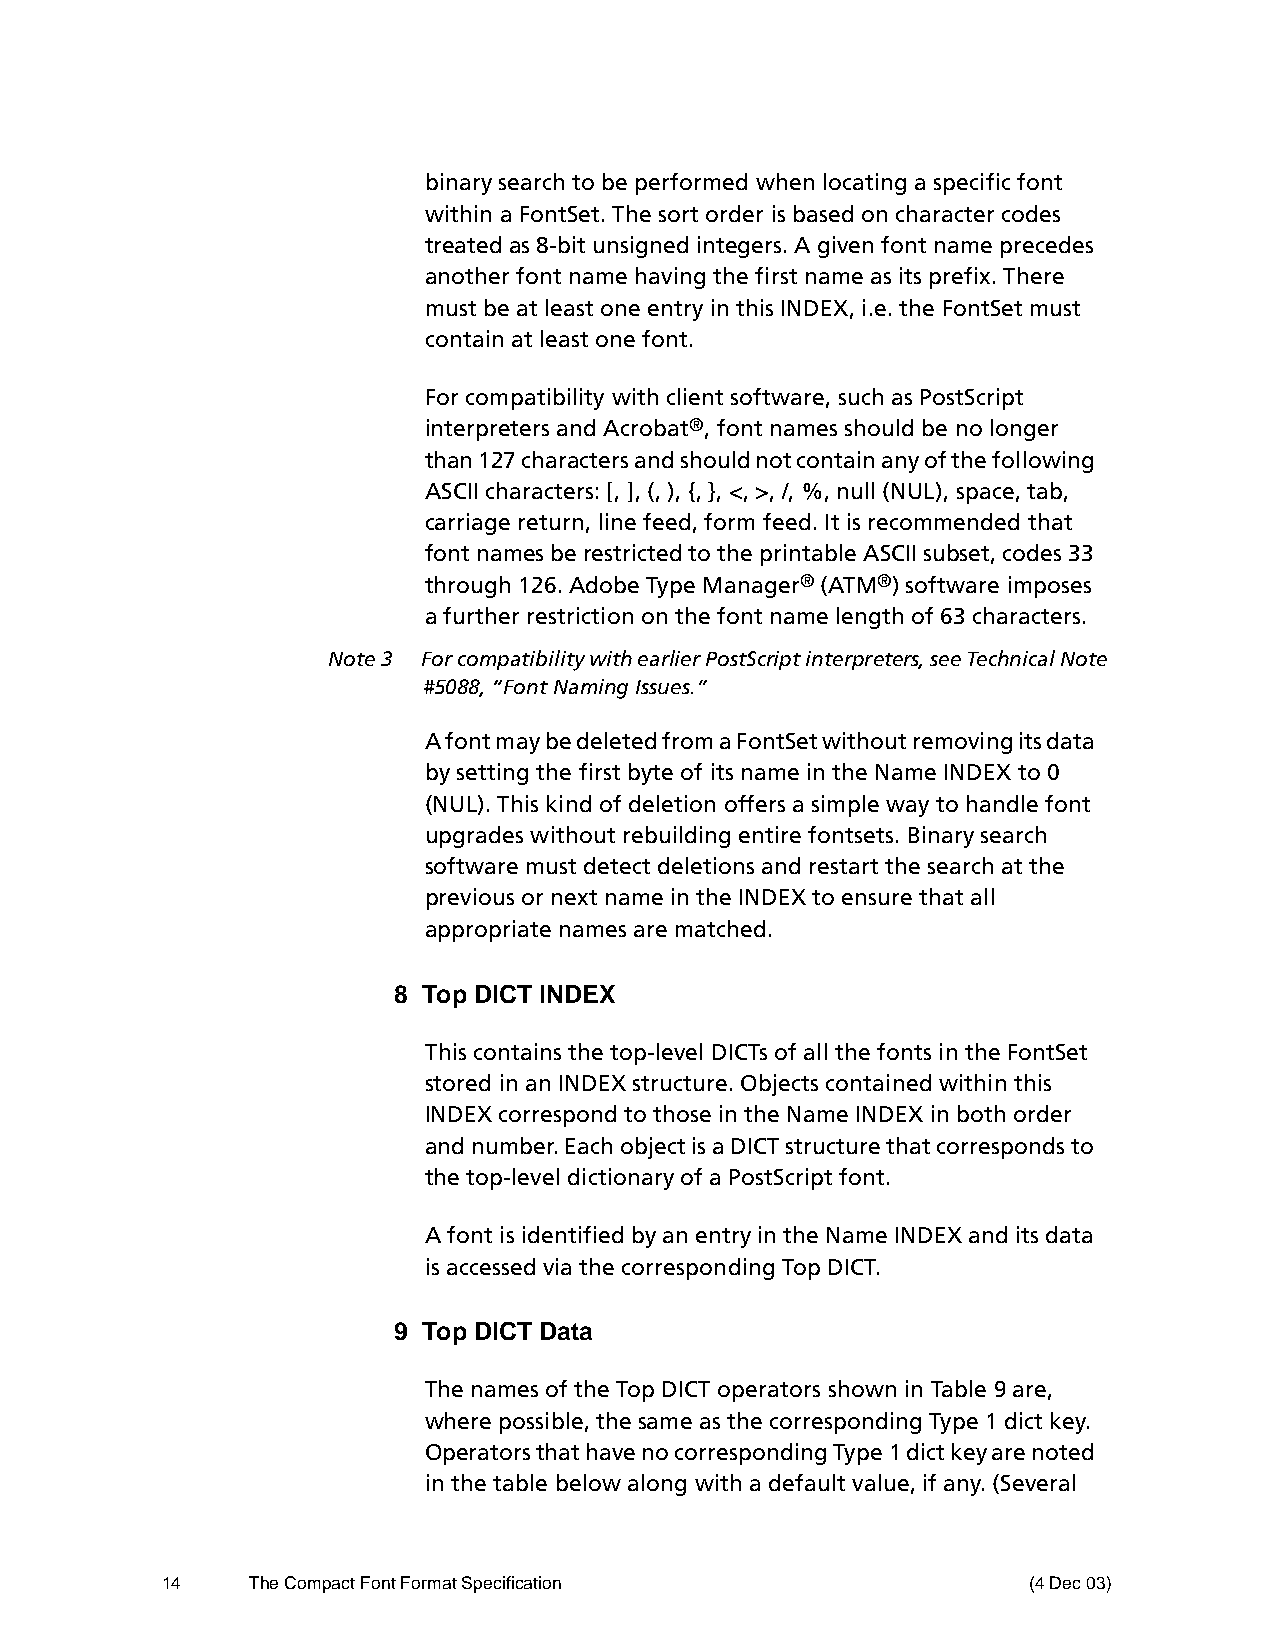
binary search to be performed when locating a specific font
 within a FontSet. The sort order is based on character codes
 treated as 8-bit unsigned integers. A given font name precedes
 another font name having the first name as its prefix. There
 must be at least one entry in this INDEX, i.e. the FontSet must
 contain at least one font.
 For compatibility with client software, such as PostScript
 interpreters and Acrobat®, font names should be no longer
 than 127 characters and should not contain any of the following
 ASCII characters: [, ], (, ), {, }, <, >, /, %, null (NUL), space, tab,
 carriage return, line feed, form feed. It is recommended that
 font names be restricted to the printable ASCII subset, codes 33
 through 126. Adobe Type Manager® (ATM®) software imposes
 a further restriction on the font name length of 63 characters.
 Note 3 For compatibility with earlier PostScript interpreters, see Technical Note
 #5088, “Font Naming Issues.”
 A font may be deleted from a FontSet without removing its data
 by setting the first byte of its name in the Name INDEX to 0
 (NUL). This kind of deletion offers a simple way to handle font
 upgrades without rebuilding entire fontsets. Binary search
 software must detect deletions and restart the search at the
 previous or next name in the INDEX to ensure that all
 appropriate names are matched.
 8 Top DICT INDEX
 This contains the top-level DICTs of all the fonts in the FontSet
 stored in an INDEX structure. Objects contained within this
 INDEX correspond to those in the Name INDEX in both order
 and number. Each object is a DICT structure that corresponds to
 the top-level dictionary of a PostScript font.
 A font is identified by an entry in the Name INDEX and its data
 is accessed via the corresponding Top DICT.
 9 Top DICT Data
 The names of the Top DICT operators shown in Table 9 are,
 where possible, the same as the corresponding Type 1 dict key.
 Operators that have no corresponding Type 1 dict key are noted
 in the table below along with a default value, if any. (Several
 14    The Compact Font Format Specification              (4 Dec 03)